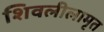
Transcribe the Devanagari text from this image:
शिवलीलामृत